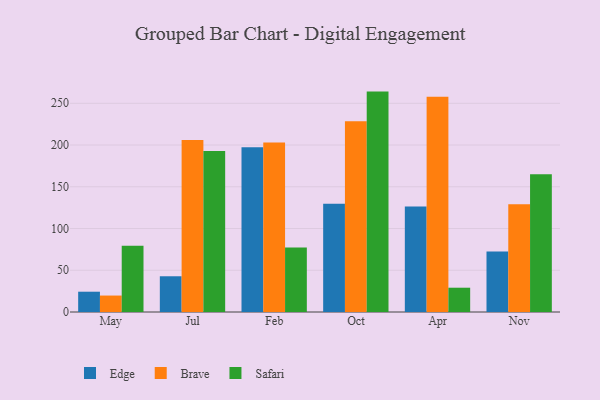
{"axis": {"x": "Month", "y": "Energy Usage (MWh)"}, "legend": ["Brave", "Edge", "Safari"], "data": [{"x": "May", "y": 24.3, "type": "Edge"}, {"x": "May", "y": 19.7, "type": "Brave"}, {"x": "May", "y": 79.4, "type": "Safari"}, {"x": "Jul", "y": 42.8, "type": "Edge"}, {"x": "Jul", "y": 206.1, "type": "Brave"}, {"x": "Jul", "y": 192.9, "type": "Safari"}, {"x": "Feb", "y": 197.4, "type": "Edge"}, {"x": "Feb", "y": 203.1, "type": "Brave"}, {"x": "Feb", "y": 77.3, "type": "Safari"}, {"x": "Oct", "y": 129.8, "type": "Edge"}, {"x": "Oct", "y": 228.6, "type": "Brave"}, {"x": "Oct", "y": 264.0, "type": "Safari"}, {"x": "Apr", "y": 126.3, "type": "Edge"}, {"x": "Apr", "y": 257.8, "type": "Brave"}, {"x": "Apr", "y": 29.1, "type": "Safari"}, {"x": "Nov", "y": 72.6, "type": "Edge"}, {"x": "Nov", "y": 129.0, "type": "Brave"}, {"x": "Nov", "y": 164.9, "type": "Safari"}]}